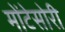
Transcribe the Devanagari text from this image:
मोंटेसोरी